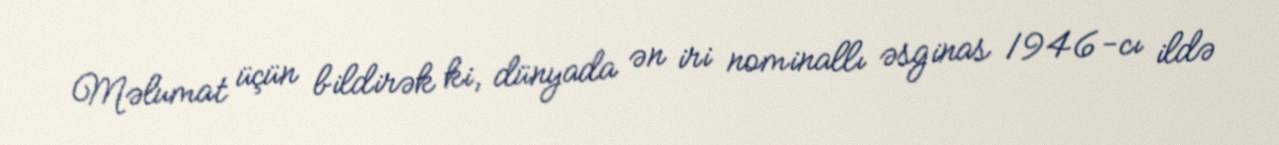
Məlumat üçün bildirək ki, dünyada ən iri nominallı əsginas 1946-cı ildə